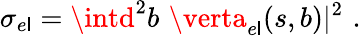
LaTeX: \sigma_{e\mathsf{l}}=\intd^{2}b\, \, \verta_{e\mathsf{l}}(s,b)\vert^{2}\, \, .